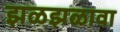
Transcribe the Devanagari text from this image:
झळझळावा